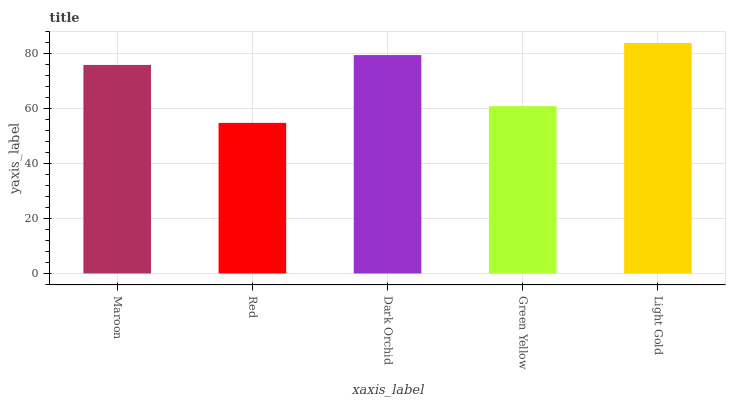
| xaxis_label | bars |
 | --- | --- |
 | Maroon | 75.9 |
 | Red | 54.8 |
 | Dark Orchid | 79.5 |
 | Green Yellow | 60.9 |
 | Light Gold | 83.9 |